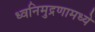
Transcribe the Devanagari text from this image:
ध्वनिमुद्रणामध्ये